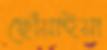
ছোঁয়াইয়া